Reports on dispensaries and lunatic asylums in the Province of Oudh - 1869-1876
Year: 1869
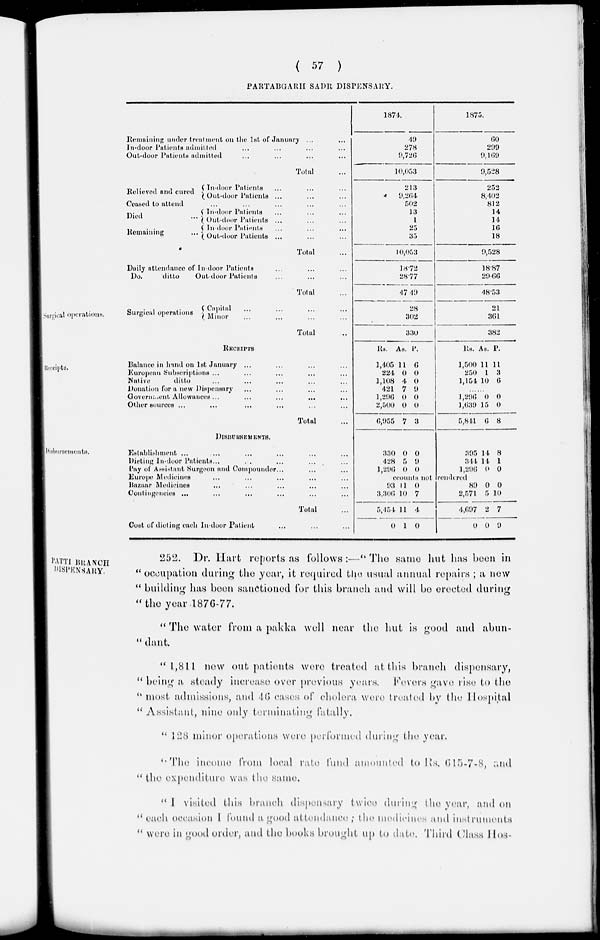
( 57 )
PARTABGARH SADR DISPENSARY.
Remaining
under treatment on the 1st of January ... ...
In-door Patients admitted ... ... ... ...
Out-door Patients admitted ... ... ... ...
Total ...
Relieved and cured
In-door Patients ... ... ...
Out-door Patients ... ... ...
Ceased to attend ... ... ... ... ...
Died
...
Remaining
...
In-door Patients ... ... ...
Out-door Patients ... ... ...
In-door Patients ... ... ...
Out-door Patients ... ... ...
Total ...
Daily attendance of In-door Patients ... ... ...
Do.
ditto
Outdoor Patients ... ... ...
Total ...
1874.
49
278
9,726
10,053
213
9,264
502
13
1
25
35
10,053
18.72
28.77
47.49
1875.
60
299
9,169
9,528
252
8,402
812
14
14
16
18
9,528
18.87
29.66
48.53
Surgical operations.
Surgical operations
Capital ... ... ... ...
Minor ... ... ... ...
Total ..
28
302
330
21
361
382
Receipts.
RECEIPTS
Balance in hand on 1st January ... ... ... ...
European Subscriptions ... ... ... ... ...
Native
ditto ... ... ... ... ...
Donation for a new Dispensary ... ... ... ...
Government Allowances ... ... ... ... ...
Other sources ... ... ... ... ...
Total ...
Rs.
1,405
224
1,108
421
1,296
2,500
6,955
As.
11
0
4
7
0
0
7
P.
6
0
0
9
0
0
3
Rs.
1,500
250
1,151
As.
11
1
10
P.
11
3
6
......
1,296
1,639
5,841
0
15
6
0
0
8
Disbursements.
DISBURSEMENTS.
Establishment ... ... ... ... ...
Dieting In-door Patients ... ... ... ... ...
Pay of Assistant Surgeon and Compounder ... ... ...
Europe Medicines ... ... ... ... ...
Bazaar Medicines ... ... ... ... ...
Contingencies ... ... ... ... ... ...
Total ...
Cost of dieting each In-door Patient
330
428
1,296
0
5
0
0
9
0
395
344
1,296
14
14
0
8
1
0
Accounts not rendered
93
3,306
5,454
0
11
10
11
1
0
7
4
0
89
2,571
4,697
0
0
5
2
0
0
10
7
9
PATTI BRANCH
DISPENSARY.
252. Dr. Hart reports as follows :—" The same hut has been in
" occupation during the year, it required the usual annual repairs ; a new
" building has been sanctioned for this branch and will be erected during
"the year.1876-77.
" The water from a pakka well near the hut is good and abun-
" dant.
" 1,811 new out patients were treated at this branch dispensary,
" being a steady increase over previous years. Fevers gave rise to the
" most admissions, and 46 cases of cholera were treated by the Hospital
"Assistant, nine only terminating fatally.
" 128 minor operations were performed during the year.
"The income from local rate fund amounted to Rs. 615-7-8, and
" the expenditure was the same.
" I visited this branch dispensary twice during the year, and on
" each occasion I found a good attendance ; the medicines and instruments
" were in good order, and the books brought up to date. Third Class Hos-